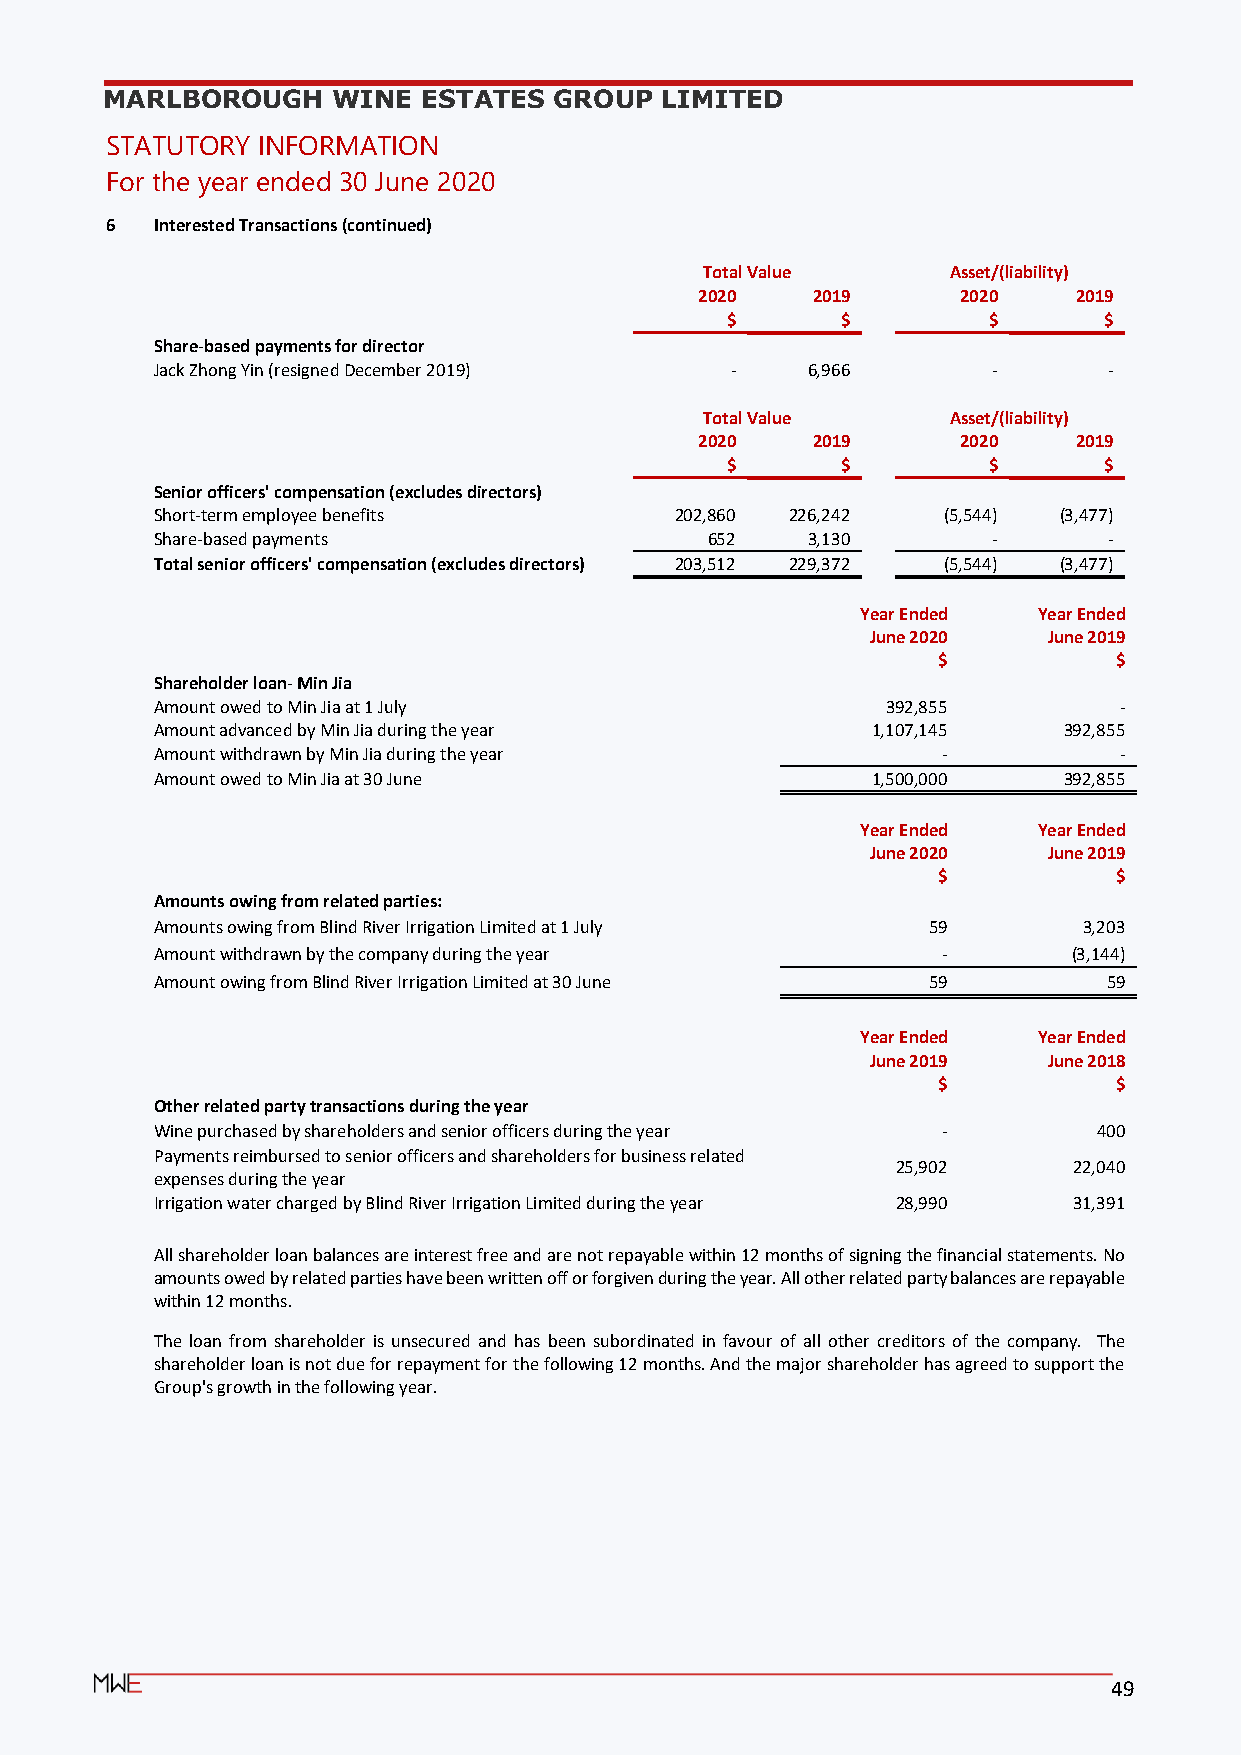
MARLBOROUGH    WINE  ESTATES  GROUP  LIMITED
 STATUTORY INFORMATION
 For the year ended 30 June 2020
 6  Interested Transactions (continued)
 Total Value     Asset/(liability)
 2020    2019      2020   2019
 $       $        $       $
 Share-based payments for director
 Jack Zhong Yin (resigned December 2019) -  6,966        -      -
 Total Value     Asset/(liability)
 2020    2019      2020   2019
 $       $        $       $
 Senior officers' compensation (excludes directors)
 Short-term employee benefits       202,860 226,242  (5,544) (3,477)
 Share-based payments                 652   3,130        -      -
 Total senior officers' compensation (excludes directors) 203,512 229,372 (5,544) (3,477)
 Year Ended  Year Ended
 June 2020  June 2019
 $           $
 Shareholder loan- Min Jia
 Amount owed to Min Jia at 1 July                 392,855        -
 Amount advanced by Min Jia during the year      1,107,145   392,855
 Amount withdrawn by Min Jia during the year         -           -
 Amount owed to Min Jia at 30 June               1,500,000   392,855
 Year Ended  Year Ended
 June 2020  June 2019
 $           $
 Amounts owing from related parties:
 Amounts owing from Blind River Irrigation Limited at 1 July 59 3,203
 Amount withdrawn by the company during the year     -        (3,144)
 Amount owing from Blind River Irrigation Limited at 30 June 59 59
 Year Ended  Year Ended
 June 2019  June 2018
 $           $
 Other related party transactions during the year
 Wine purchased by shareholders and senior officers during the year - 400
 Payments reimbursed to senior officers and shareholders for business related
 25,902      22,040
 expenses during the year
 Irrigation water charged by Blind River Irrigation Limited during the year 28,990 31,391
 All shareholder loan balances are interest free and are not repayable within 12 months of signing the financial statements. No
 amounts owed by related parties have been written off or forgiven during the year. All other related party balances are repayable
 within 12 months.
 The loan from shareholder is unsecured and has been subordinated in favour of all other creditors of the company. The
 shareholder loan is not due for repayment for the following 12 months. And the major shareholder has agreed to support the
 G roup's growth in the following year.
 49